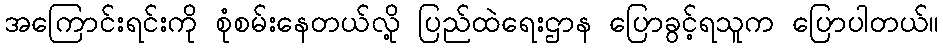
အကြောင်းရင်းကို စုံစမ်းနေတယ်လို့ ပြည်ထဲရေးဌာန ပြောခွင့်ရသူက ပြောပါတယ်။